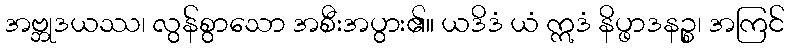
အဗ္ဘုဒယဿ၊ လွန်စွာသော အစီးအပွား၏။ ယဒိဒံ ယံ ဣဒံ နိပ္ဖာဒနဉ္စ၊ အကြင်